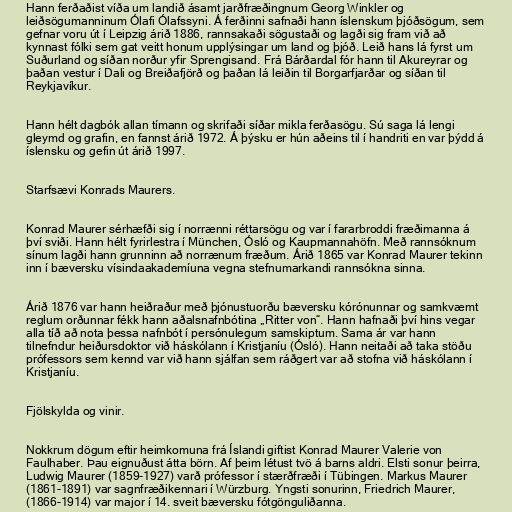
Hann ferðaðist víða um landið ásamt jarðfræðingnum Georg Winkler og
leiðsögumanninum Ólafi Ólafssyni. Á ferðinni safnaði hann íslenskum þjóðsögum, sem
gefnar voru út í Leipzig árið 1886, rannsakaði sögustaði og lagði sig fram við að
kynnast fólki sem gat veitt honum upplýsingar um land og þjóð. Leið hans lá fyrst um
Suðurland og síðan norður yfir Sprengisand. Frá Bárðardal fór hann til Akureyrar og
þaðan vestur í Dali og Breiðafjörð og þaðan lá leiðin til Borgarfjarðar og síðan til
Reykjavíkur.

Hann hélt dagbók allan tímann og skrifaði síðar mikla ferðasögu. Sú saga lá lengi
gleymd og grafin, en fannst árið 1972. Á þýsku er hún aðeins til í handriti en var þýdd á
íslensku og gefin út árið 1997.

Starfsævi Konrads Maurers.

Konrad Maurer sérhæfði sig í norrænni réttarsögu og var í fararbroddi fræðimanna á
því sviði. Hann hélt fyrirlestra í München, Ósló og Kaupmannahöfn. Með rannsóknum
sínum lagði hann grunninn að norrænum fræðum. Árið 1865 var Konrad Maurer tekinn
inn í bæversku vísindaakademíuna vegna stefnumarkandi rannsókna sinna.

Árið 1876 var hann heiðraður með þjónustuorðu bæversku kórónunnar og samkvæmt
reglum orðunnar fékk hann aðalsnafnbótina „Ritter von“. Hann hafnaði því hins vegar
alla tíð að nota þessa nafnbót í persónulegum samskiptum. Sama ár var hann
tilnefndur heiðursdoktor við háskólann í Kristjaníu (Ósló). Hann neitaði að taka stöðu
prófessors sem kennd var við hann sjálfan sem ráðgert var að stofna við háskólann í
Kristjaníu.

Fjölskylda og vinir.

Nokkrum dögum eftir heimkomuna frá Íslandi giftist Konrad Maurer Valerie von
Faulhaber. Þau eignuðust átta börn. Af þeim létust tvö á barns aldri. Elsti sonur þeirra,
Ludwig Maurer (1859-1927) varð prófessor í stærðfræði í Tübingen. Markus Maurer
(1861-1891) var sagnfræðikennari í Würzburg. Yngsti sonurinn, Friedrich Maurer,
(1866-1914) var major í 14. sveit bæversku fótgönguliðanna.